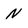
Character: N